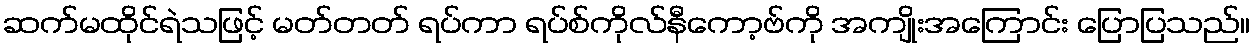
ဆက်မထိုင်ရဲသဖြင့် မတ်တတ် ရပ်ကာ ရပ်စ်ကိုလ်နီကော့ဗ်ကို အကျိုးအကြောင်း ပြောပြသည်။